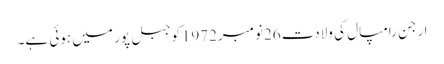
ارجن رامپال کی ولادت 26نومبر1972کوجبل پور میں ہوئی ہے۔